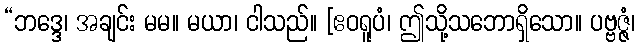
“ဘဒ္ဒေ၊ အချင်း မမ။ မယာ၊ ငါသည်။ [ဧဝရူပံ၊ ဤသို့သဘောရှိသော။ ပဗ္ဗဇ္ဇံ၊